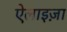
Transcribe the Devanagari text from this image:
ऐलाइज़ा